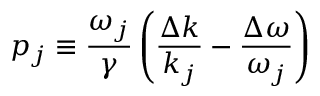
p _ { j } \equiv \frac { \omega _ { j } } { \gamma } \left( \frac { \Delta k } { k _ { j } } - \frac { \Delta \omega } { \omega _ { j } } \right)